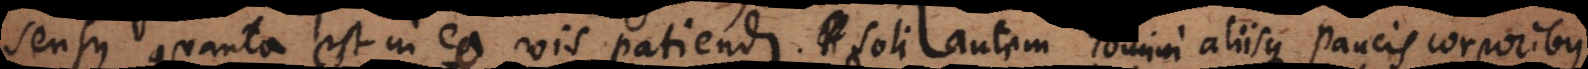
sensus quanta est in eo vis patiendi. Soli autem homini aliisque paucis corporibus